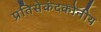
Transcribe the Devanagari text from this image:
प्रतिसेकंदकोनीय